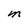
Character: m